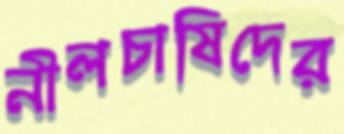
নীলচাষিদের